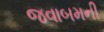
જવાબમની